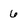
Character: 6